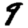
Digit: 9